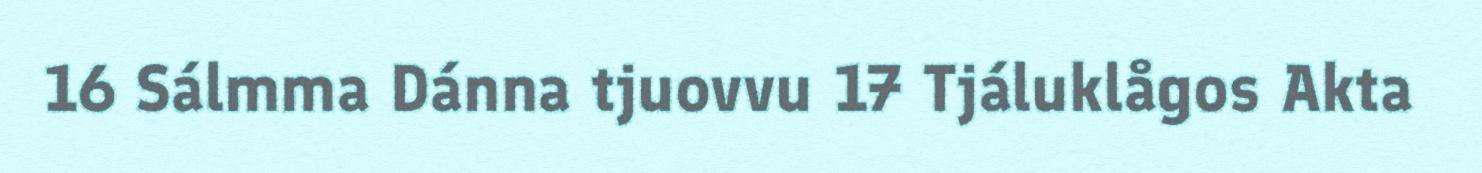
16 Sálmma Dánna tjuovvu 17 Tjáluklågos Akta